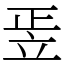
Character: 𥩠